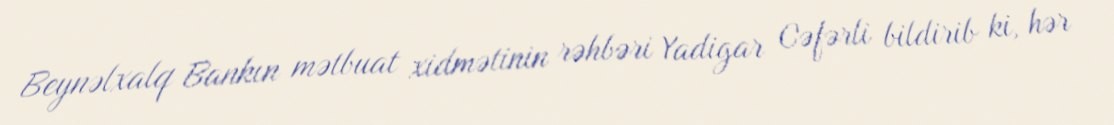
Beynəlxalq Bankın mətbuat xidmətinin rəhbəri Yadigar Cəfərli bildirib ki, hər